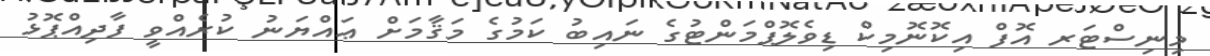
މިނިސްޓަރ އޮފް އިކޮނޮމިކް ޑިވެލޮޕްމަންޓުގެ ނައިބު ކަމުގެ މަޤާމަށް ޢައްޔަނު ކުރެއްވީ ފާދިއްޕޮޅު